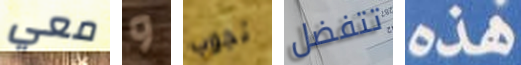
معي و تجوب تتفضل هذه